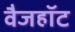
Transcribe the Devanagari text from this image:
वैजहॉट